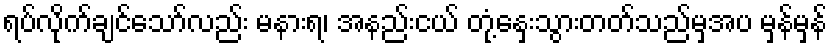
ရပ်လိုက်ချင်သော်လည်း မနားရ၊ အနည်းငယ် တုံ့နှေးသွားတတ်သည်မှအပ မှန်မှန်